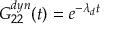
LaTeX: G _ { 2 2 } ^ { d y n } ( t ) = e ^ { - \lambda _ { d } t }